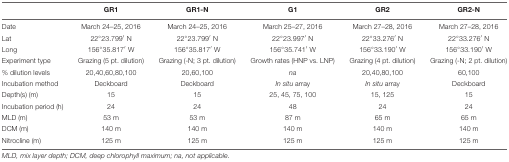
|  | GR1 | GR1-N | G1 | GR2 | GR2-N |
 | --- | --- | --- | --- | --- | --- |
 | Date | March 24–25, 2016 | March 24–25, 2016 | March 25–27, 2016 | March 27–28, 2016 | March 27–28, 2016 |
 | Lat | 22°23.799′ N | 22°23.799′ N | 22°23.997′ N | 22°33.276′ N | 22°33.276′ N |
 | Long | 156°35.817′ W | 156°35.817′ W | 156°35.741′ W | 156°33.190′ W | 156°33.190′ W |
 | Experiment type | Grazing (5 pt. dilution) | Grazing (-N; 3 pt. dilution) | Growth rates (HNP vs. LNP) | Grazing (4 pt. dilution) | Grazing (-N; 2 pt. dilution) |
 | % dilution levels | 20,40,60,80,100 | 20,60,100 | na | 20,40,80,100 | 60,100 |
 | Incubation method | Deckboard | Deckboard | In situ array | In situ array | Deckboard |
 | Depth(s) (m) | 15 | 15 | 25, 45, 75, 100 | 15, 125 | 15 |
 | Incubation period (h) | 24 | 24 | 48 | 24 | 24 |
 | MLD (m) | 53 m | 53 m | 87 m | 65 m | 65 m |
 | DCM (m) | 140 m | 140 m | 140 m | 140 m | 140 m |
 | Nitrocline (m) | 125 m | 125 m | 125 m | 125 m | 125 m |